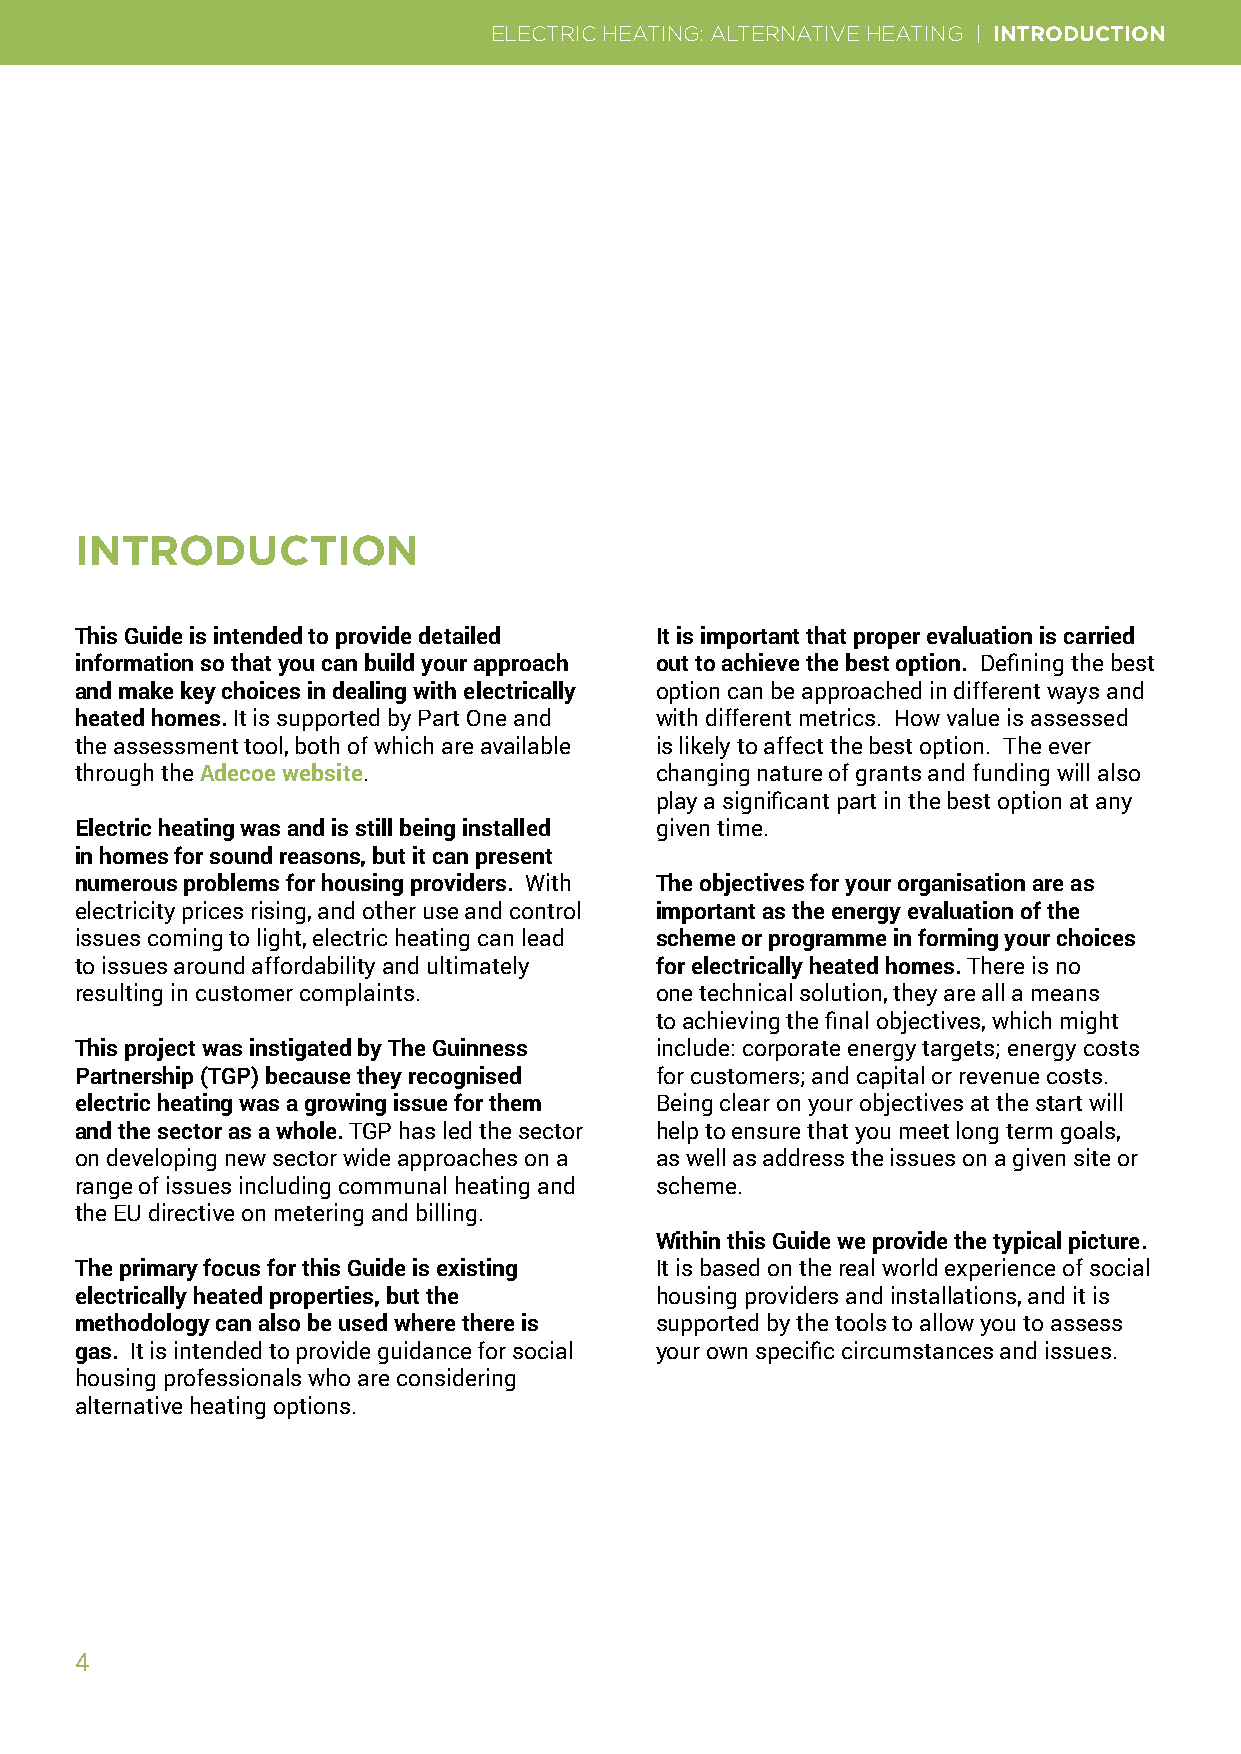
ELECTRIC HEATING: ALTERNATIVE HEATING | INTRODUCTION
 INTRODUCTION
 This Guide is intended to provide detailed It is important that proper evaluation is carried
 information so that you can build your approach out to achieve the best option. Defining the best
 and make key choices in dealing with electrically option can be approached in different ways and
 heated homes. It is supported by Part One and with different metrics. How value is assessed
 the assessment tool, both of which are available is likely to affect the best option. The ever
 through the Adecoe website.           changing nature of grants and funding will also
 play a significant part in the best option at any
 Electric heating was and is still being installed given time.
 in homes for sound reasons, but it can present
 numerous problems for housing providers. With The objectives for your organisation are as
 electricity prices rising, and other use and control important as the energy evaluation of the
 issues coming to light, electric heating can lead scheme or programme in forming your choices
 to issues around affordability and ultimately for electrically heated homes. There is no
 resulting in customer complaints.     one technical solution, they are all a means
 to achieving the final objectives, which might
 This project was instigated by The Guinness include: corporate energy targets; energy costs
 Partnership (TGP) because they recognised for customers; and capital or revenue costs.
 electric heating was a growing issue for them Being clear on your objectives at the start will
 and the sector as a whole. TGP has led the sector help to ensure that you meet long term goals,
 on developing new sector wide approaches on a as well as address the issues on a given site or
 range of issues including communal heating and scheme.
 the EU directive on metering and billing.
 Within this Guide we provide the typical picture.
 The primary focus for this Guide is existing It is based on the real world experience of social
 electrically heated properties, but the housing providers and installations, and it is
 methodology can also be used where there is supported by the tools to allow you to assess
 gas. It is intended to provide guidance for social your own specific circumstances and issues.
 housing professionals who are considering
 alternative heating options.
 4